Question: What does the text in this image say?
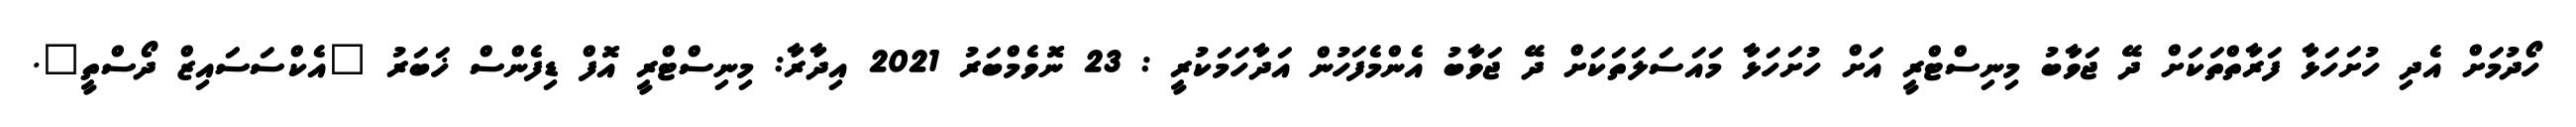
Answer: ހޯދުމަށް އެދި ހުށަހަޅާ ފަރާތްތަކަށް ދޭ ޖަވާބު މިނިސްޓްރީ އަށް ހުށަހަޅާ މައަސަލަތަކަށް ދޭ ޖަވާބު އެންމެފަހުން އަދާހަމަކުރީ : 23 ނޮވެމްބަރު 2021 އިދާރާ: މިނިސްޓްރީ އޮފް ޑިފެންސް ޚަބަރު "އެކްސަސައިޒް ދޯސްތީ".